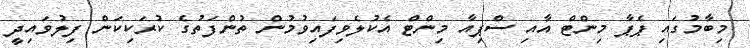
މިބާމުގައި ޕެޕާ މިންޓް އާއި ސްޕިއާ މިންޓް އެކުލެވިފައިވުމުން ތުންފަތުގެ ކުރަކިކަން ފިލުވައިދީ